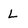
Character: L